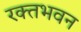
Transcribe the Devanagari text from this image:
रक्तभवन